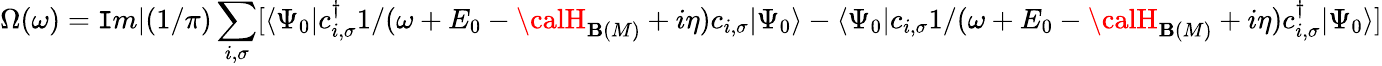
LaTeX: \Omega(\omega)=\mathtt{I}m|(1/\pi)\sum_{i,\sigma}[\langle\Psi_{0}|c_{i,\sigma}^{\dagger}{1/(\omega+E_{0}-{\calH}_{\mathbf{B}(M)}+i\eta)}c_{i,\sigma}|\Psi_{0}\rangle-\langle\Psi_{0}|c_{i,\sigma}{1/(\omega+E_{0}-{\calH}_{\mathbf{B}(M)}+i\eta)}c_{i,\sigma}^{\dagger}|\Psi_{0}\rangle]